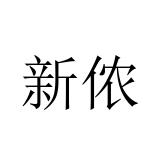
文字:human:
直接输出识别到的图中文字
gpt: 新侬